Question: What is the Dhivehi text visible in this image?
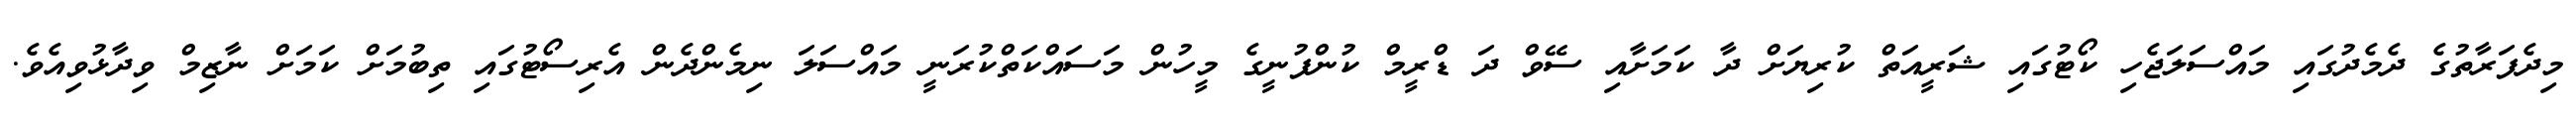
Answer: މިދެފަރާތުގެ ދެމެދުގައި މައްސަލަޖެހި ކޯޓުގައި ޝަރީއަތް ކުރިޔަށް ދާ ކަމަށާއި ސޭވް ދަ ޑްރީމް ކުންފުނީގެ މީހުން މަސައްކަތްކުރަނީ މައްސަލަ ނިމެންދެން އެރިސޯޓުގައި ތިބުމަށް ކަމަށް ނާޒިމް ވިދާޅުވިއެވެ.